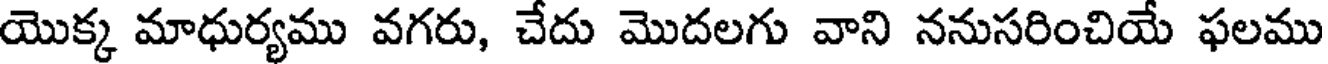
యొక్క మాధుర్యము వగరు, చేదు మొదలగు వాని ననుసరించియే ఫలము